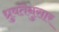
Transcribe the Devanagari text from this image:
ध्रुवतेनुसार